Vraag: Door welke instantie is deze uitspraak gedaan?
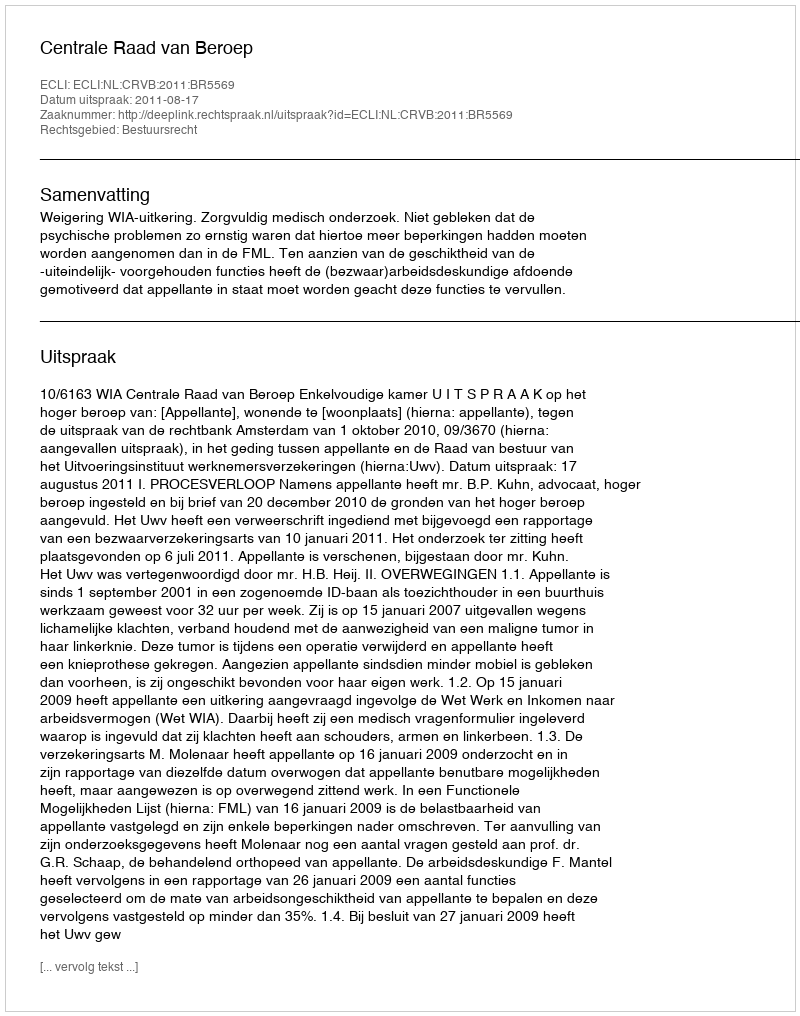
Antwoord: Centrale Raad van Beroep